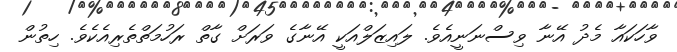
ވާހަކައާ މެދު އޭނާ ވިސްނަނީއެވެ. ލައިޒަލްއަކީ އޭނާގެ ވަރަށް ގާތް ރަހުމަތްތެރިއެކެވެ. ހިތުން